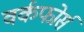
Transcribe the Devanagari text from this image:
वर्कफोर्स